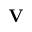
\mathbf { V }